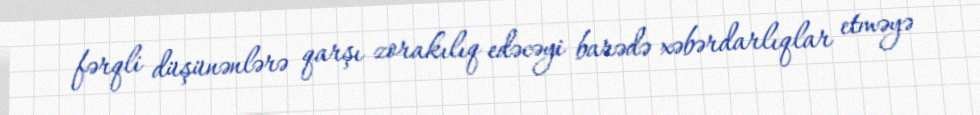
fərqli düşünənlərə qarşı zorakılıq edəcəyi barədə xəbərdarlıqlar etməyə